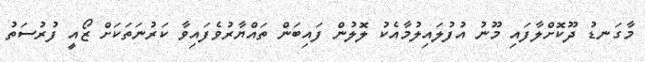
މާގަނޑު ދޫކޮށްލާފައި މޫނު އުފުލައިލުމާއެކު ލޮލުން ފައިބަން ތައްޔާރުވެފައިވާ ކަރުނަތަކަށް ޒޯއީ ފުރުސަތު